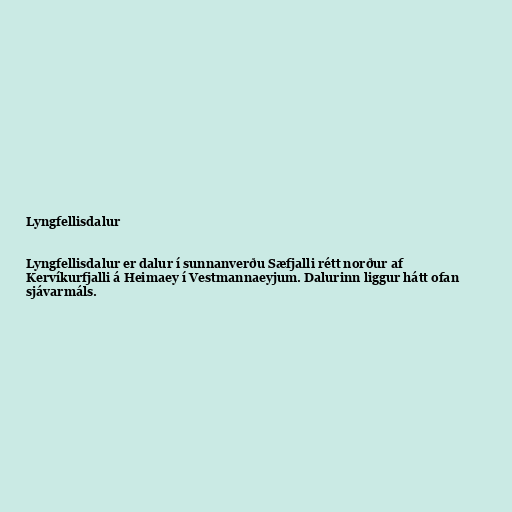
Lyngfellisdalur

Lyngfellisdalur er dalur í sunnanverðu Sæfjalli rétt norður af
Kervíkurfjalli á Heimaey í Vestmannaeyjum. Dalurinn liggur hátt ofan
sjávarmáls.